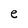
Character: e